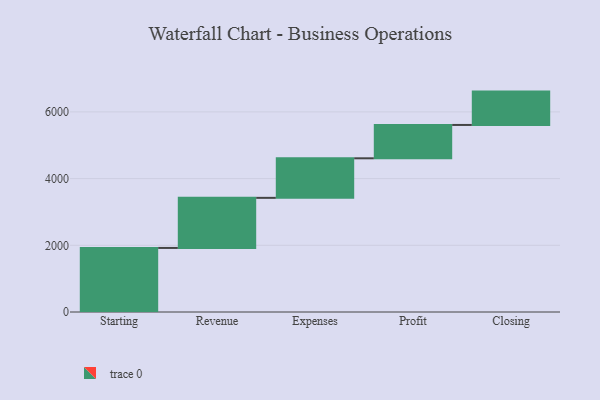
{"axis": {"x": "Step", "y": "Value"}, "legend": [""], "data": [{"x": "Starting", "y": 1921.0, "type": ""}, {"x": "Revenue", "y": 1502.0, "type": ""}, {"x": "Expenses", "y": 1186.0, "type": ""}, {"x": "Profit", "y": 1000, "type": ""}, {"x": "Closing", "y": 1000, "type": ""}]}